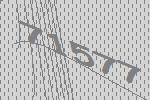
71577